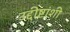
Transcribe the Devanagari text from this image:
उद्दीष्टांशी